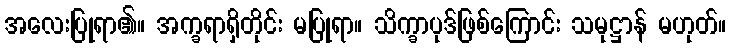
အလေးပြုရာ၏။ အက္ခရာရှိတိုင်း မပြုရာ။ သိက္ခာပုဒ်ဖြစ်ကြောင်း သမုဋ္ဌာန် မဟုတ်။